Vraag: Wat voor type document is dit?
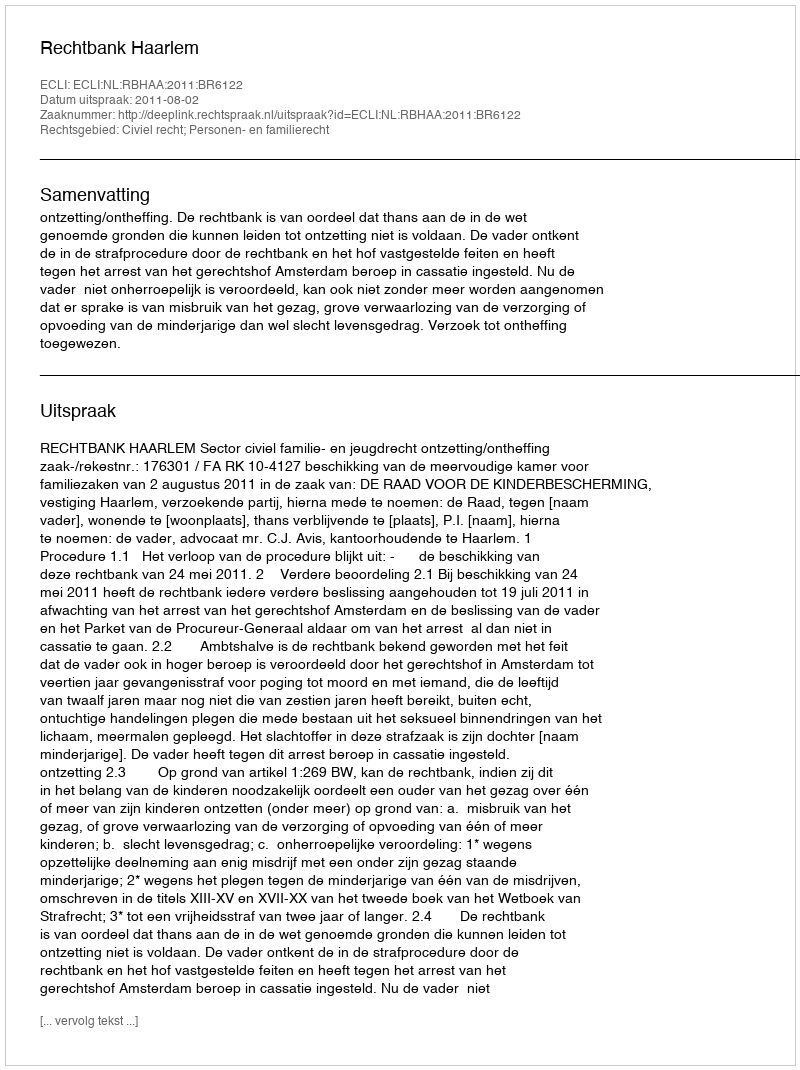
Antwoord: Uitspraak